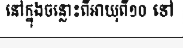
នៅក្នុងចន្លោះពីអាយុពី១០ ទៅ